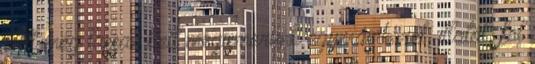
Ott még lassan kell megismerünk egymás bőrét, illatát, föl